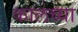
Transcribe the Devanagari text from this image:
कालच्या